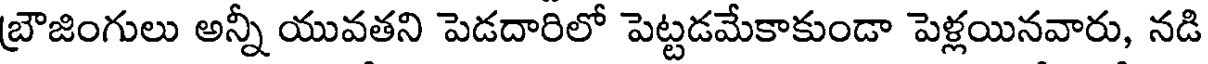
బ్రౌజింగులు అన్నీ యువతని పెడదారిలో పెట్టడమేకాకుండా పెళ్లయినవారు, నడి